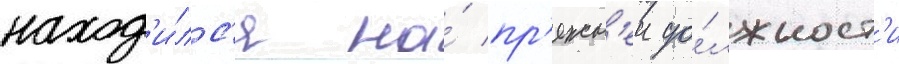
наход'и́лс'я на́ пр'ежн'еи до́лжност'и